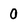
Character: 0